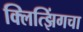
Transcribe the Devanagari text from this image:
क्लित्झिंगचा